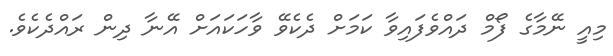
މިއީ ނޭމާގެ ފޯމް ދައްވެފައިވާ ކަމަށް ދެކެވޭ ވާހަކައަށް އޭނާ ދިން ރައްދެކެވެ.